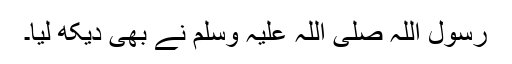
رسول اللہ صلی اللہ علیہ وسلم نے بھی دیکھ لیا۔